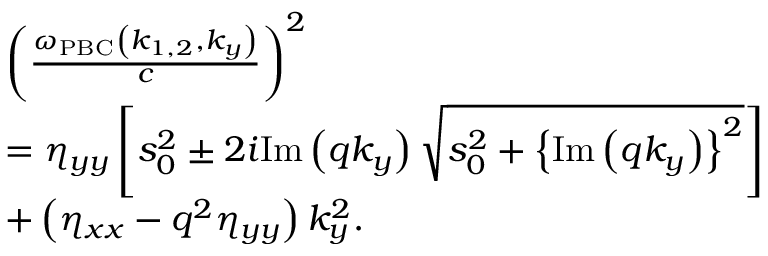
\begin{array} { r l } & { \left( \frac { \omega _ { \mathrm { P B C } } \left( k _ { 1 , 2 } , k _ { y } \right) } { c } \right) ^ { 2 } } \\ & { = \eta _ { y y } \left[ s _ { 0 } ^ { 2 } \pm 2 i \mathrm { I m } \left( q k _ { y } \right) \sqrt { s _ { 0 } ^ { 2 } + \left\{ \mathrm { I m } \left( q k _ { y } \right) \right\} ^ { 2 } } \right] } \\ & { + \left( \eta _ { x x } - q ^ { 2 } \eta _ { y y } \right) k _ { y } ^ { 2 } . } \end{array}